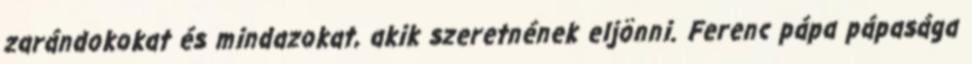
zarándokokat és mindazokat, akik szeretnének eljönni. Ferenc pápa pápasága